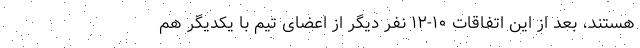
هستند، بعد از این اتفاقات ۱۰-۱۲ نفر دیگر از اعضای تیم با یکدیگر هم